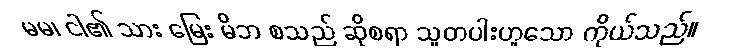
မမ၊ ငါ၏ သား မြေး မိဘ စသည် ဆိုစရာ သူတပါးဟူသော ကိုယ်သည်။